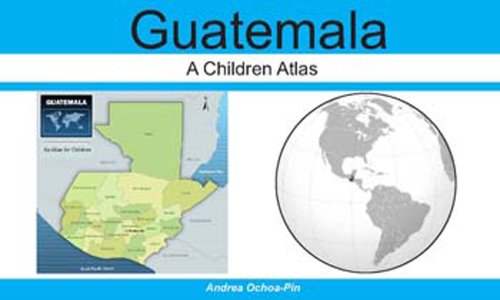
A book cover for Guatemala - A Children Atlas; Andrea Ochoa-Pin; Travel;